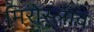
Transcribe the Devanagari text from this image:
मिरोस्लाव